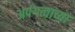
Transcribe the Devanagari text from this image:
अपंगत्वाच्या